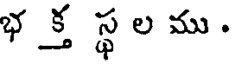
భ క్త స్థ ల ము .